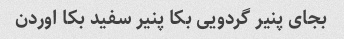
بجای پنیر گردویی بکا پنیر سفید بکا اوردن